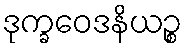
ဒုက္ခဝေဒနိယဉ္စ